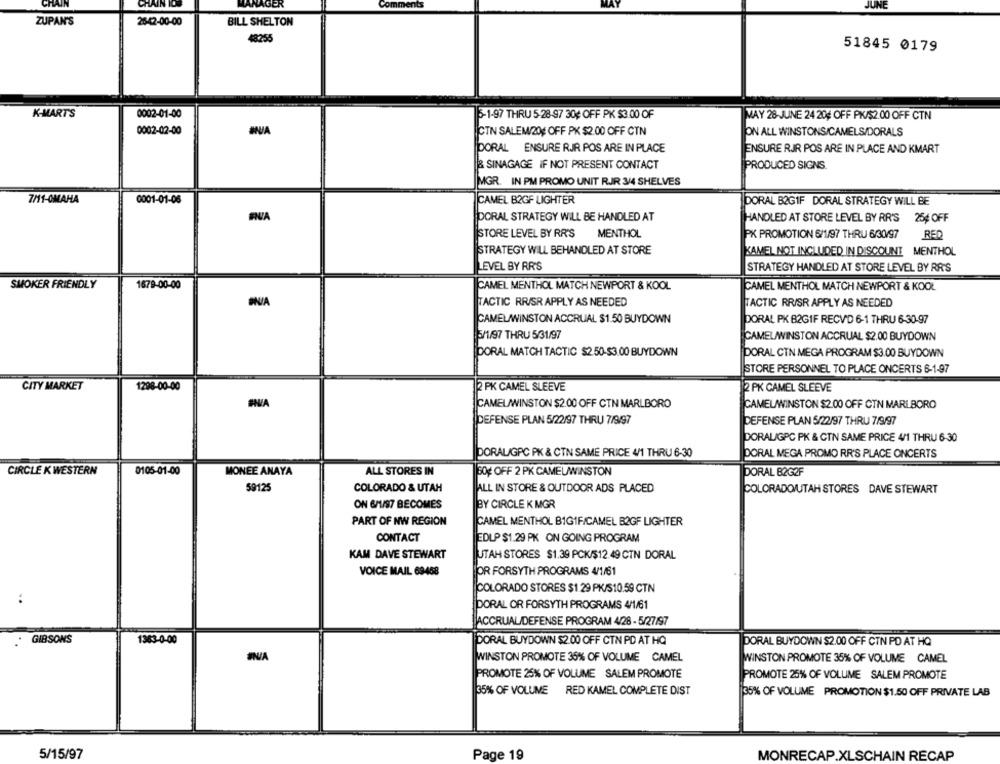
CHAIN
CHAIN IOS
MANAGER
JUNE
ZUPAN'S
2642-00-00
BILL SHELTON
48255
51845 0179
K-MART'S
0002-01-00
6-1-97 THRU 5-28-97 30¢ OFF PK $3.00 OF
MAY 28-JUNE 24 204 OFF PK/$2.00 OFF CTN
ANA
0002-02-00
CTN SALEM/20E OFF PK $2.00 OFF CTN
ON ALL WINSTONS/CAMELS/DORALS
DORAL ENSURE RJR POS ARE IN PLACE
ENSURE RJR POS ARE IN PLACE AND KMART
& SINAGAGE IF NOT PRESENT CONTACT
PRODUCED SIGNS.
MGR. IN PM PROMO UNIT RJJR 3/4 SHELVES
7/11-OMAHA
0001-01-06
CAMEL B2GF LIGHTER
DORAL B2GIF DORAL STRATEGY WILL BE
DORAL STRATEGY WILL BE HANDLED AT
HANDLED AT STORE LEVEL BY RR'S 25# OFF
STORE LEVEL BY RR'S
MENTHOL
PK PROMOTION 6/1/97 THRU 6/30/97
RED
STRATEGY WILL BEHANDLED AT STORE
KAMEL NOT INCLUDED IN DISCOUNT MENTHOL
LEVEL BY RR'S
STRATEGY HANDLED AT STORE LEVEL BY RR'S
SMOKER FRIENDLY
1679-00-00
CAMEL MENTHOL MATCH NEWPORT & KOOL
CAMEL MENTHOL MATCH NEWPORT & KOOL
TACTIC RR/SR APPLY AS NEEDED
TACTIC RR/SR APPLY AS NEEDED
CAMELAWINSTON ACCRUAL $1.50 BUYDOWN
DORAL PK B2GIF RECVD 6-1 THRU 6-30-97
5/1/97 THRU 5/31/97
CAMELAWINSTON ACCRUAL $2.00 BUYDOWN
DORAL MATCH TACTIC $2 50-$3.00 BUYDOWN
DORAL CTN MEGA PROGRAM $3.00 BUYDOWN
STORE PERSONNEL TO PLACE ONCERTS 6-1-97
CITY MARKET
1298-00-00
2 PK CAMEL SLEEVE
2 PK CAMEL SLEEVE
CAMELAWINSTON $2.00 OFF CTN MARLBORO
CAMELWINSTON $2.00 OFF CTN MARLBORO
DEFENSE PLAN 5/22/97 THRU 7/9/97
DEFENSE PLAN 5/22/97 THRU 7/9/97
DORALIGPC PK & CTN SAME PRICE 4/1 THRU 6-30
DORALIGPC PK & CTN SAME PRICE 4/1 THRU 6-30
DORAL MEGA PROMO RR'S PLACE ONCERTS
CIRCLE K WESTERN
0105-01-00
MONEE ANAYA
ALL STORES IN
30¢ OFF 2 PK CAMELWINSTON
DORAL B2G2F
59125
COLORADO & UTAH
ALL IN STORE & OUTDOOR ADS PLACED
COLORADO/UTAH STORES DAVE STEWART
ON 6/1/97 BECOMES
BY CIRCLE K MGR
PART OF NW REGION
CAMEL MENTHOL BIG1FICAMEL B2GF LIGHTER
CONTACT
EDLP $1.29 PK ON GOING PROGRAM
KAM DAVE STEWART
UTAH STORES $1.39 PCK/$12. 49 CTN DORAL
VOICE MAIL 69468
OR FORSYTH PROGRAMS 4/1/61
COLORADO STORES $1 29 PK/S10.59 CTN
:
PORAL OR FORSYTH PROGRAMS 4/1/61
ACCRUALIDEFENSE PROGRAM 4/28 - 5/27/97
. GIBSONS
1383-0-00
DORAL BUYDOWN $2.00 OFF CTN PD AT HQ
DORAL BUYDOWN $2.00 OFF CTN PD AT HQ
WINSTON PROMOTE 36% OF VOLUME CAMEL
WINSTON PROMOTE 35% OF VOLUME CAMEL
PROMOTE 25% OF VOLUME SALEM PROMOTE
PROMOTE 25% OF VOLUME SALEM PROMOTE
35% OF VOLUME RED KAMEL COMPLETE DIST
35% OF VOLUME PROMOTION $1.50 OFF PRIVATE LAB
5/15/97
Page 19
MONRECAP.XLSCHAIN RECAP